Investigations into the jail dietaries of the United Provinces with some observations on the influence of dietary on the physical development and well-being of the people of the United Provinces - Number 48
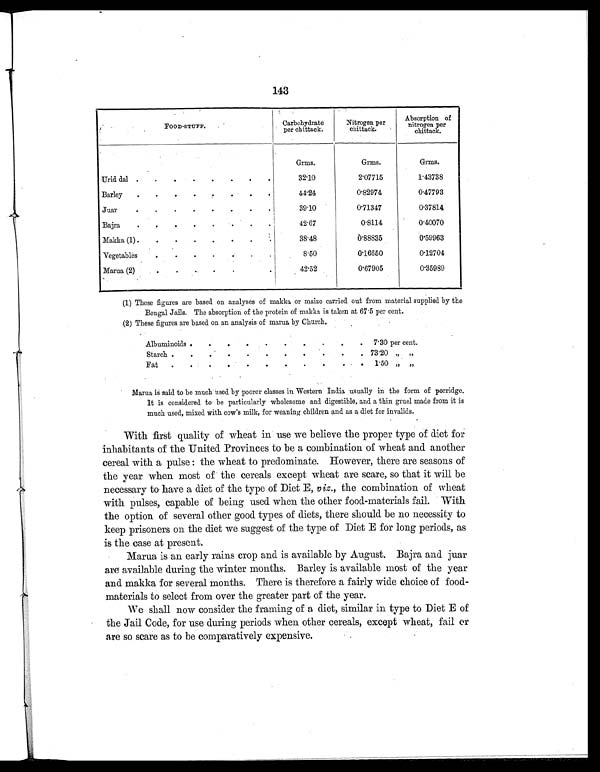
143
FOOD-STUFF.
Carbohydrate
per chittack.
Nitrogen per
chittack.
Absorption of
nitrogen per
chittack.
Grms.
Grms.
Grms.
Urid dal .
.
.
.
.
.
.
.
32.10
2.07715
1.43738
Barley
.
.
.
.
.
. .
.
44.24
0.82974
0.47793
Juar
.
.
.
.
.
.
.
.
39.10
0.71347
0.37814
Bajra
.
.
.
.
.
.
.
.
42.67
0.8114
0.40070
Makka (1) .
.
.
.
.
.
.
.
38.48
0.88835
0.59963
Vegetables
.
.
.
.
.
.
.
8.50
0.16650
0.12704
Marua (2)
.
.
.
.
.
. .
42.52
0.67905
0.35989
(1) These figures are based on analyses of makka or maize carried out from material supplied by the
Bengal Jails. The absorption of the protein of makka is taken at 67 . 5 per cent.
(2) These figures are based on an analysis of marua by Church.
Albuminoids .
.
.
.
.
.
.
.
.
.
7.30 per cent.
Starch .
.
.
.
.
.
.
.
.
.
. 73.20 „ „
Fat
.
.
.
.
.
.
.
.
.
.
. 1.50 „ „
Marua is said to be much used by poorer classes in Western India usually in the form of porridge.
It is considered to be particularly wholesome and digestible, and a thin gruel made from it is
much used, mixed with cow's milk, for weaning children and as a diet for invalids.
With first quality of wheat in use we believe the proper type of diet for
inhabitants of the United Provinces to be a combination of wheat and another
cereal with a pulse: the wheat to predominate. However, there are seasons of
the year when most of the cereals except wheat are scare, so that it will be
necessary to have a diet of the type of Diet E, viz., the combination of wheat
with pulses, capable of being used when the other food-materials fail. With
the option of several other good types of diets, there should be no necessity to
keep prisoners on the diet we suggest of the type of Diet E for long periods, as
is the case at present.
Marua is an early rains crop and is available by August. Bajra and juar
are available during the winter months. Barley is available most of the year
and makka for several months. There is therefore a fairly wide choice of food-
materials to select from over the greater part of the year.
We shall now consider the framing of a diet, similar in type to Diet E of
the Jail Code, for use during periods when other cereals, except wheat, fail or
are so scare as to be comparatively expensive.